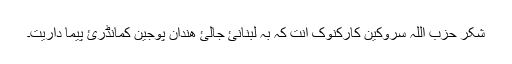
شکر حزب اللہ سروکین کارکنوک انت کہ بہ لبنانئ جالئ ھندان پوجین کمانڈرئ پیما داریت۔